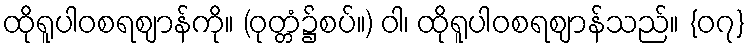
ထိုရူပါဝစရဈာန်ကို။ (ဝုတ္တံ၌စပ်။) ဝါ၊ ထိုရူပါဝစရဈာန်သည်။ {၀၇}